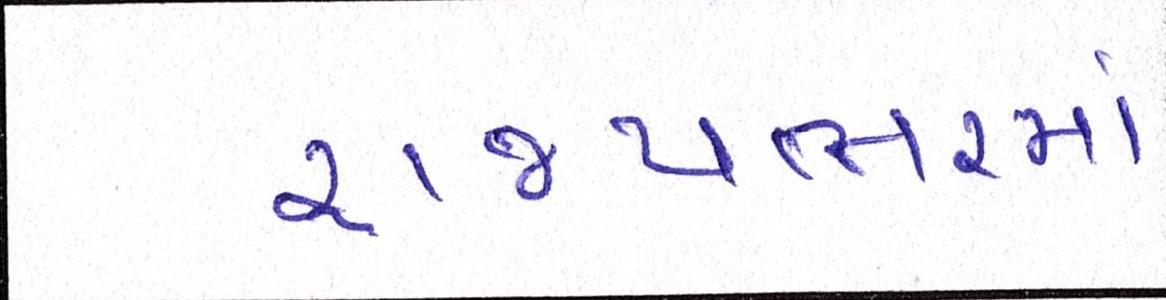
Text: રાજ્યભરમાં